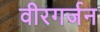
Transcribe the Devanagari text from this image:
वीरगर्जन